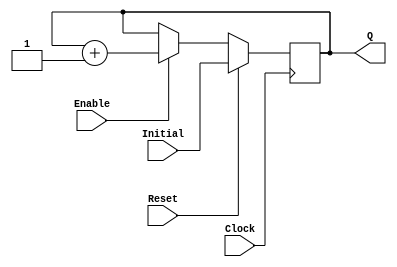
`timescale 1ns / 1ps
//------------------------------------------------
module UPCOUNTER_POSEDGE # (parameter SIZE=16)
(
input wire Clock, Reset,
input wire [SIZE-1:0] Initial,
input wire Enable,
output reg [SIZE-1:0] Q
);


  always @(posedge Clock )
  begin
      if (Reset)
        Q = Initial;
      else
		begin
		if (Enable)
			Q = Q + 1;
			
		end			
  end

endmodule
//----------------------------------------------------
module FFD_POSEDGE_SYNCRONOUS_RESET # ( parameter SIZE=8 )
(
	input wire				Clock,
	input wire				Reset,
	input wire				Enable,
	input wire [SIZE-1:0]	D,
	output reg [SIZE-1:0]	Q
);
	

always @ (posedge Clock) 
begin
	if ( Reset )
		Q <= 0;
	else
	begin	
		if (Enable) 
			Q <= D; 
	end	
 
end//always

endmodule

module MODULE_ADDER (
	input wire iData_A, iData_B, iData_Ci, 
	output wire oData_Co, oPartialResult
);

assign {oData_Co, oPartialResult} = iData_A + iData_B + iData_Ci;

endmodule

//----------------------------------------------------------------------